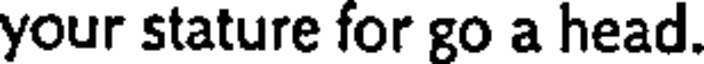
your stature for go a head.